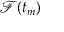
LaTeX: { \mathcal { F } } ( t _ { m } )